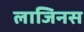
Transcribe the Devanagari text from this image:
लाजिनस